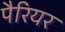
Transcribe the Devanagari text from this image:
पैरियर